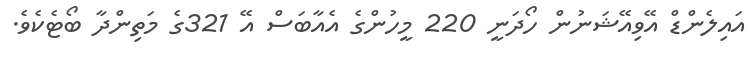
އައިލެންޑް އޭވިއޭޝަނުން ހޯދަނީ 220 މީހުންގެ އެއާބަސް އޭ 321ގެ މަތިންދާ ބޯޓެކެވެ.